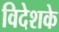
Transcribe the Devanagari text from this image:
विदेशके